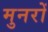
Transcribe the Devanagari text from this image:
मुनरों